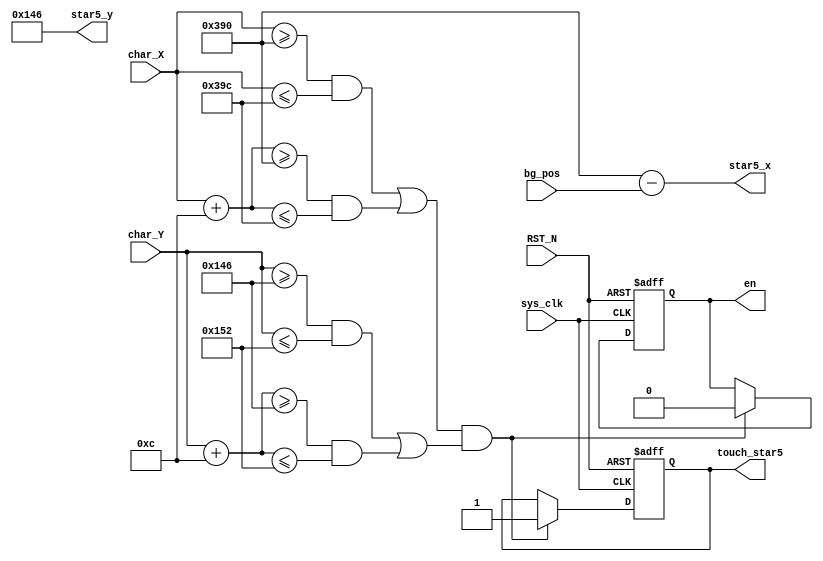
`timescale 1ns / 1ps

module STAR5(input sys_clk,
	input  [9:0] char_X,
	input  [9:0] char_Y,
	input  [9:0] bg_pos,
	input RST_N,
    output wire [9:0] star5_x,
    output wire [9:0] star5_y,
    output touch_star5,
    output  en
);
  reg [9:0] star5_x_r = 10'd912;
  reg [9:0] star5_y_r = 10'd326;
  reg enable = 1'b1;
  reg touch;
  assign star5_x = star5_x_r - bg_pos;
  assign star5_y = star5_y_r;
  assign touch_star5 = touch;
  assign en = enable;
  
  always@(posedge sys_clk or negedge RST_N)
    begin
      if(!RST_N)
        begin
          enable <= 1'b1;
          touch <= 1'b0;
        end
      else if( ((((char_X >= star5_x_r) && (char_X <= star5_x_r + 10'd12)) || ((char_X + 10'd12 >= star5_x_r) && (char_X + 10'd12 <= star5_x_r + 10'd12)))) & ((((char_Y >= star5_y_r) && (char_Y <= star5_y_r + 10'd12)) || ((char_Y + 10'd12 >= star5_y_r) && (char_Y + 10'd12 <= star5_y_r + 10'd12)))) ) 
        begin 
          enable <= 1'b0;
          touch <= 1'b1;
        end
      else
        touch <= touch;
    end
    
endmodule